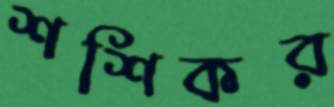
শশিকর